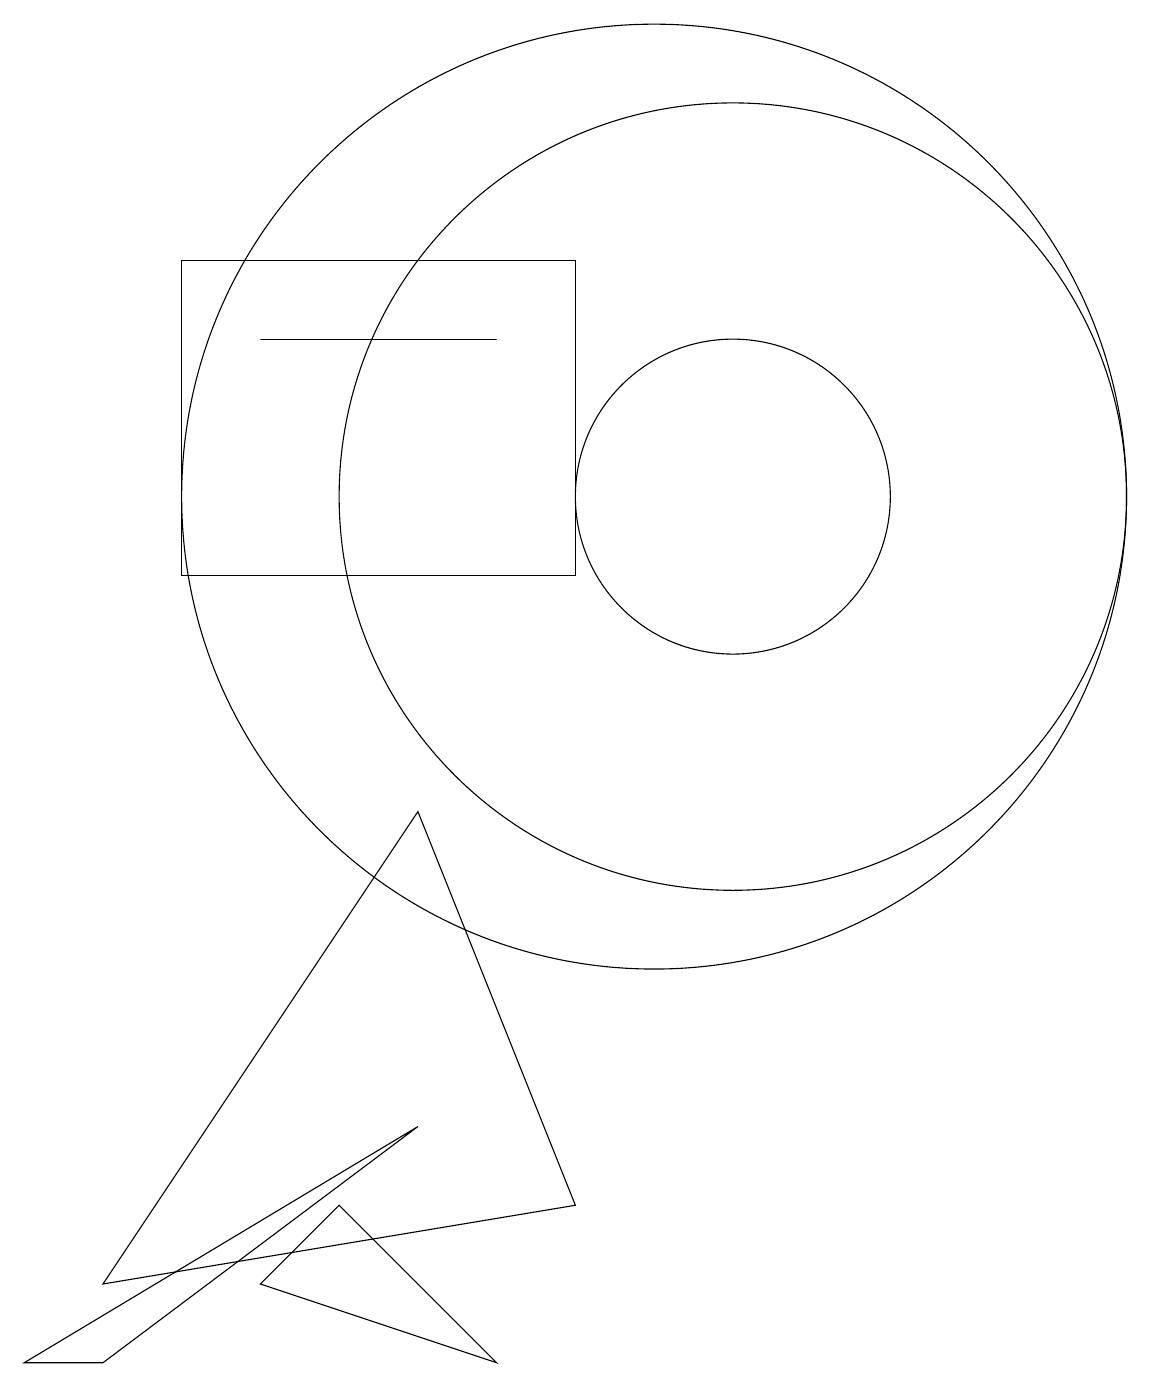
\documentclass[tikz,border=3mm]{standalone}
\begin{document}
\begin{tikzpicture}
\draw (3,0) -- (7,3) -- (2,0) -- cycle;
\draw (11,11) circle (5);
\draw (8,0) -- (6,2) -- (5,1) -- cycle;
\draw (10,11) circle (6);
\draw (5,13) rectangle (8,13);
\draw (11,11) circle (2);
\draw (9,14) rectangle (4,10);
\draw (9,2) -- (3,1) -- (7,7) -- cycle;
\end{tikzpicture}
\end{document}